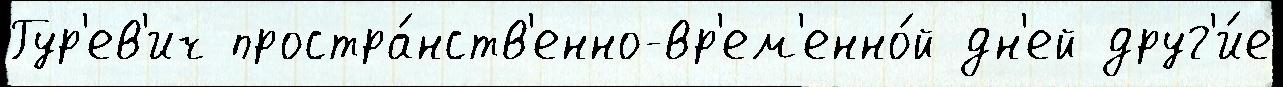
Гур'ев'ич простра́нств'енно-вр'ем'енно́й дн'ей друг'и́е